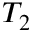
T _ { 2 }